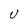
Character: U